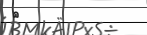
٤